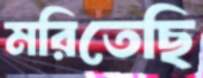
মরিতেছি